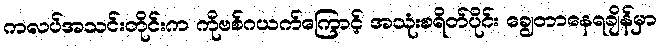
ကလပ်အသင်းတိုင်းက ကိုဗစ်ဂယက်ကြောင့် အသုံးစရိတ်ပိုင်း ချွေတာနေရချိန်မှာ